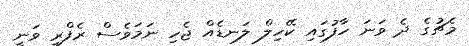
މެޗުގެ ދެ ވަނަ ހާފުގައި ކޭހިލް ލަނޑެއް ޖެހި ނަމަވެސް ރެފްރީ ވަނީ